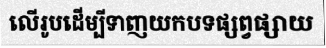
លើរូបដើម្បីទាញយកបទផ្សព្វផ្សាយ